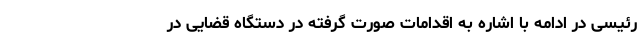
رئیسی در ادامه با اشاره به اقدامات صورت گرفته در دستگاه قضایی در